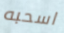
اسحبه